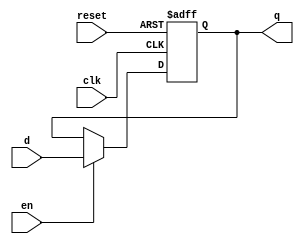
module d_ff_reset_en 
(
    input wire clk,
    input wire reset,
    input wire en,
    input wire d,
    output reg q
);

always @(posedge clk, posedge reset) 
begin
    if(reset)
        q <= 1'b0;
    else if(en)
        q <= d;
    else
        q <= q;    
end


endmodule